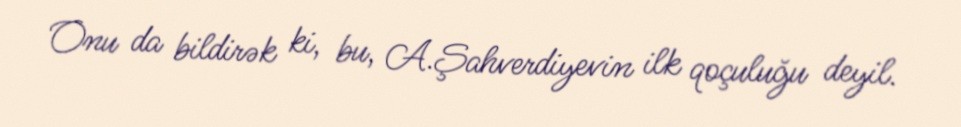
Onu da bildirək ki, bu, A.Şahverdiyevin ilk qoçuluğu deyil.